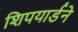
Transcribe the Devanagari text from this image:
शिपयार्डने